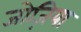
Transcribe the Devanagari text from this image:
जोज़िया